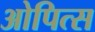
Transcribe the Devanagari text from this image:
ओपित्स